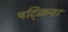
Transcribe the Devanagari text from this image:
षट्क्रिया